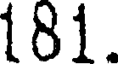
181.